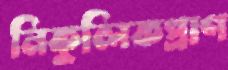
নিকুলিকপ্রাণ